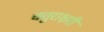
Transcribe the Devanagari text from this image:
चतुराक्षरी